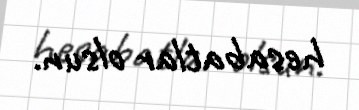
hesabatlar olsun.